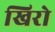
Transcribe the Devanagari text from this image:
खिरो